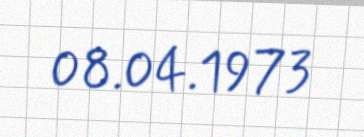
08.04.1973